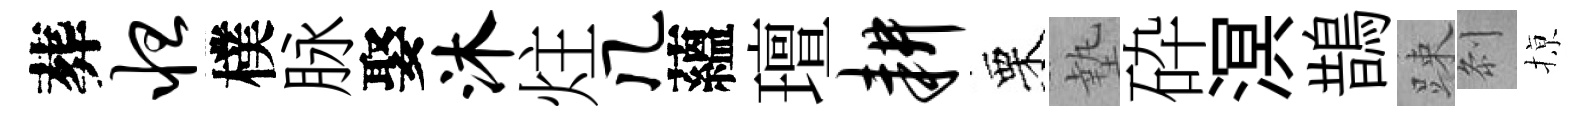
葬怛樸脉娶沐炷几蘊璮耕栗墊砕溟鵲踈𠛴𢱊